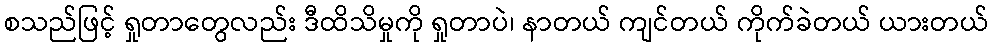
စသည်ဖြင့် ရှုတာတွေလည်း ဒီထိသိမှုကို ရှုတာပဲ၊ နာတယ် ကျင်တယ် ကိုက်ခဲတယ် ယားတယ်